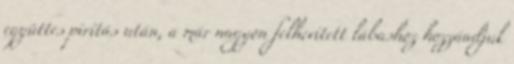
együttes pirítás után, a már nagyon felhevített lábashoz hozzáadjuk